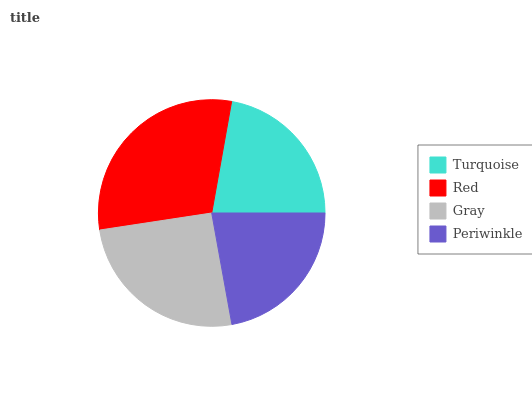
| Turquoise | Red | Gray | Periwinkle |
 | --- | --- | --- | --- |
 | 22.1% | 30.3% | 25.5% | 22.1% |